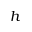
h